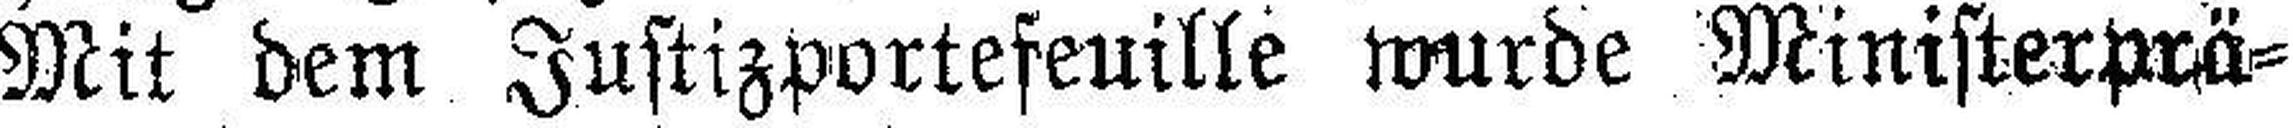
Mit dem Justizportefeuille wurde Ministerprä¬